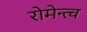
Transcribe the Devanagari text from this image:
रोमेन्त्च